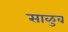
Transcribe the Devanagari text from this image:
साळुव